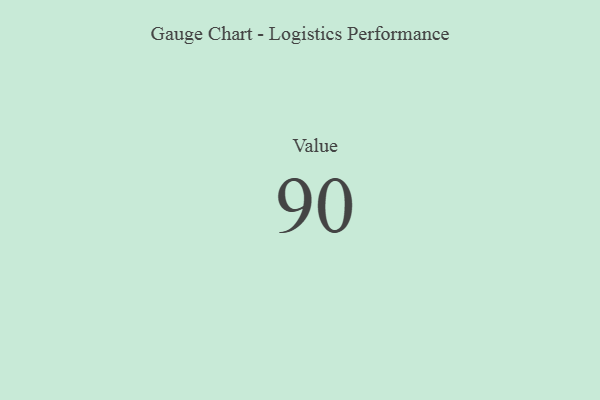
{"axis": {"x": "Metric", "y": "Value"}, "legend": [""], "data": [{"x": "Value", "y": 90, "type": ""}]}